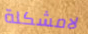
لامشكلة